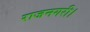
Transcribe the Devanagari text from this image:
राजनगरी।